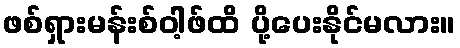
ဖစ်ရှားမန်းစ်ဝါ့ဖ်ထိ ပို့ပေးနိုင်မလား။